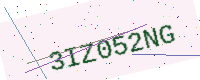
Text: 3IZ052NG